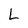
Character: L